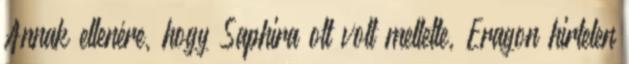
Annak ellenére, hogy Saphira ott volt mellette, Eragon hirtelen